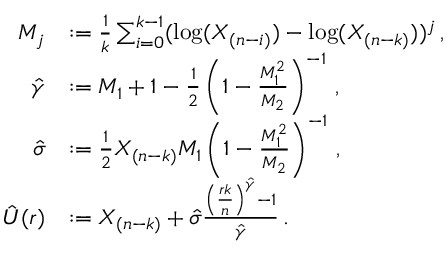
\begin{array} { r l } { M _ { j } } & { : = \frac 1 k \sum _ { i = 0 } ^ { k - 1 } ( \log ( X _ { ( n - i ) } ) - \log ( X _ { ( n - k ) } ) ) ^ { j } \, , } \\ { \hat { \gamma } } & { : = M _ { 1 } + 1 - \frac 1 2 \left( 1 - \frac { M _ { 1 } ^ { 2 } } { M _ { 2 } } \right) ^ { - 1 } \, , } \\ { \hat { \sigma } } & { : = \frac 1 2 X _ { ( n - k ) } M _ { 1 } \left( 1 - \frac { M _ { 1 } ^ { 2 } } { M _ { 2 } } \right) ^ { - 1 } \, , } \\ { \hat { U } ( r ) } & { : = X _ { ( n - k ) } + \hat { \sigma } \frac { \left( \frac { r k } { n } \right) ^ { \hat { \gamma } } - 1 } { \hat { \gamma } } \, . } \end{array}